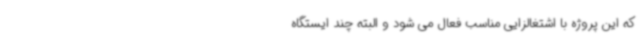
که این پروژه با اشتغالزایی مناسب فعال می شود و البته‌ چند ایستگاه